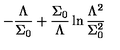
- \frac { \Lambda } { \Sigma _ { 0 } } + \frac { \Sigma _ { 0 } } { \Lambda } \ln \frac { \Lambda ^ { 2 } } { \Sigma _ { 0 } ^ { 2 } }